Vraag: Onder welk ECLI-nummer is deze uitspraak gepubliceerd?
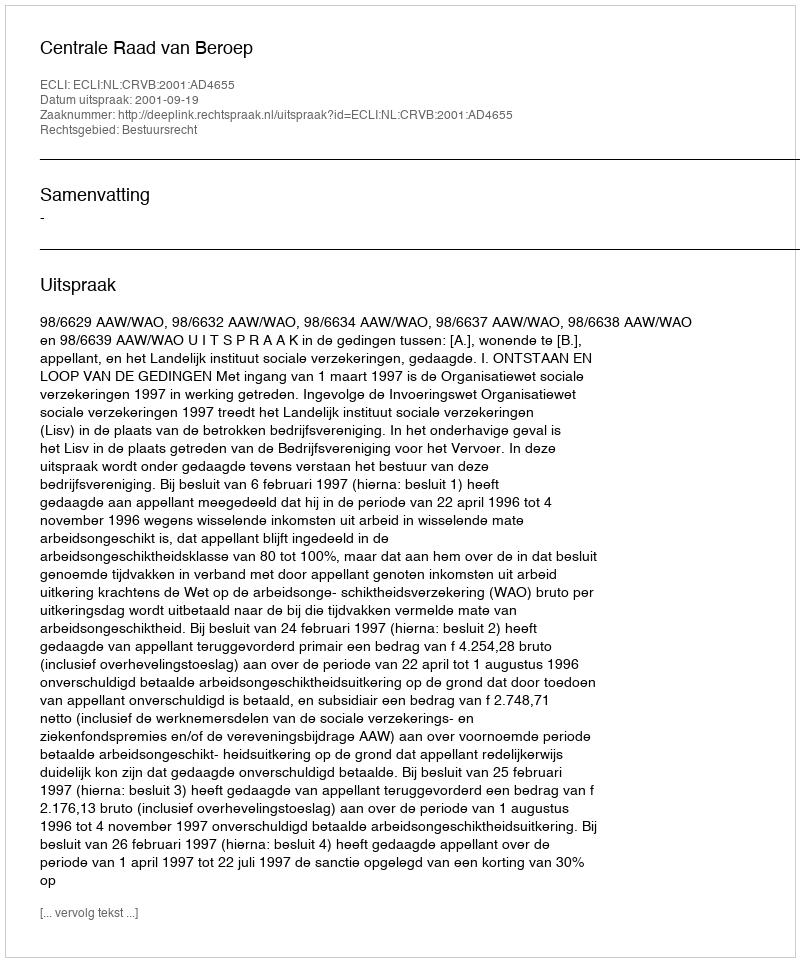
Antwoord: ECLI:NL:CRVB:2001:AD4655